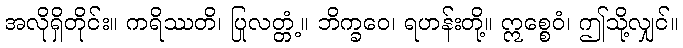
အလိုရှိတိုင်း။ ကရိဿတိ၊ ပြုလတ္တံ့။ ဘိက္ခဝေ၊ ရဟန်းတို့။ ဣစ္စေဝံ၊ ဤသို့လျှင်။